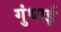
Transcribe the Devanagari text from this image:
गुंधाई